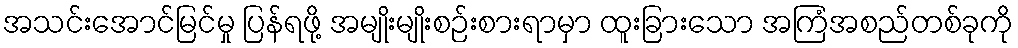
အသင်းအောင်မြင်မှု ပြန်ရဖို့ အမျိုးမျိုးစဉ်းစားရာမှာ ထူးခြားသော အကြံအစည်တစ်ခုကို